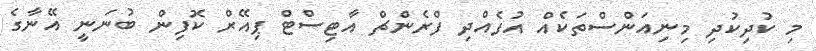
މި ކުދިކުދި މިނިއަންސްތަކެއް އުފެއްދި ފްރެންޗް އާޓިސްޓް ޕިއޭރް ކޮފިން ބުނަނީ އޭނާގެ